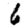
Digit: 6